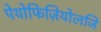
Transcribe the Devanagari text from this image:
पेथोफिज़ियोलजि